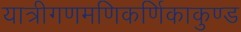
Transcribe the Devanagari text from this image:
यात्रीगणमणिकर्णिकाकुण्ड